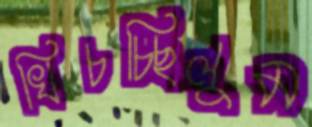
খিচচ্ছিলুম